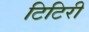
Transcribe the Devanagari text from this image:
टिटिरी